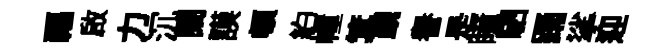
福啟力沉闊謨頓約幢箕覲譽是瞳駟踊挲迎